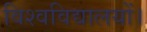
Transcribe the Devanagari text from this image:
विश्वविद्यालयों।